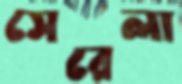
সেরেলা